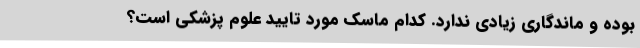
بوده و ماندگاری زیادی ندارد. کدام ماسک مورد تایید علوم پزشکی است؟